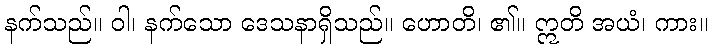
နက်သည်။ ဝါ၊ နက်သော ဒေသနာရှိသည်။ ဟောတိ၊ ၏။ ဣတိ အယံ၊ ကား။